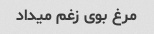
مرغ بوی زغم میداد